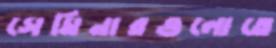
সেমিনারগুলোতে